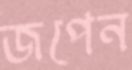
জপেন